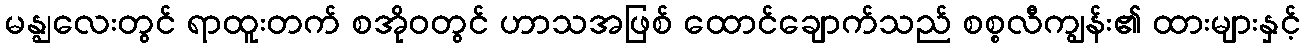
မန္ဈလေးတွင် ရာထူးတက် စအိုဝတွင် ဟာသအဖြစ် ထောင်ချောက်သည် စစ္စလီကျွန်း၏ ထားများနှင့်